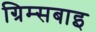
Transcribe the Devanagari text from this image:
ग्रिम्सबाइ